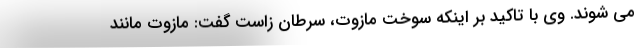
می شوند. وی با تاکید بر اینکه سوخت مازوت، سرطان زاست گفت: مازوت مانند